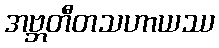
အဗ္ဘတီတသဟာယဿ